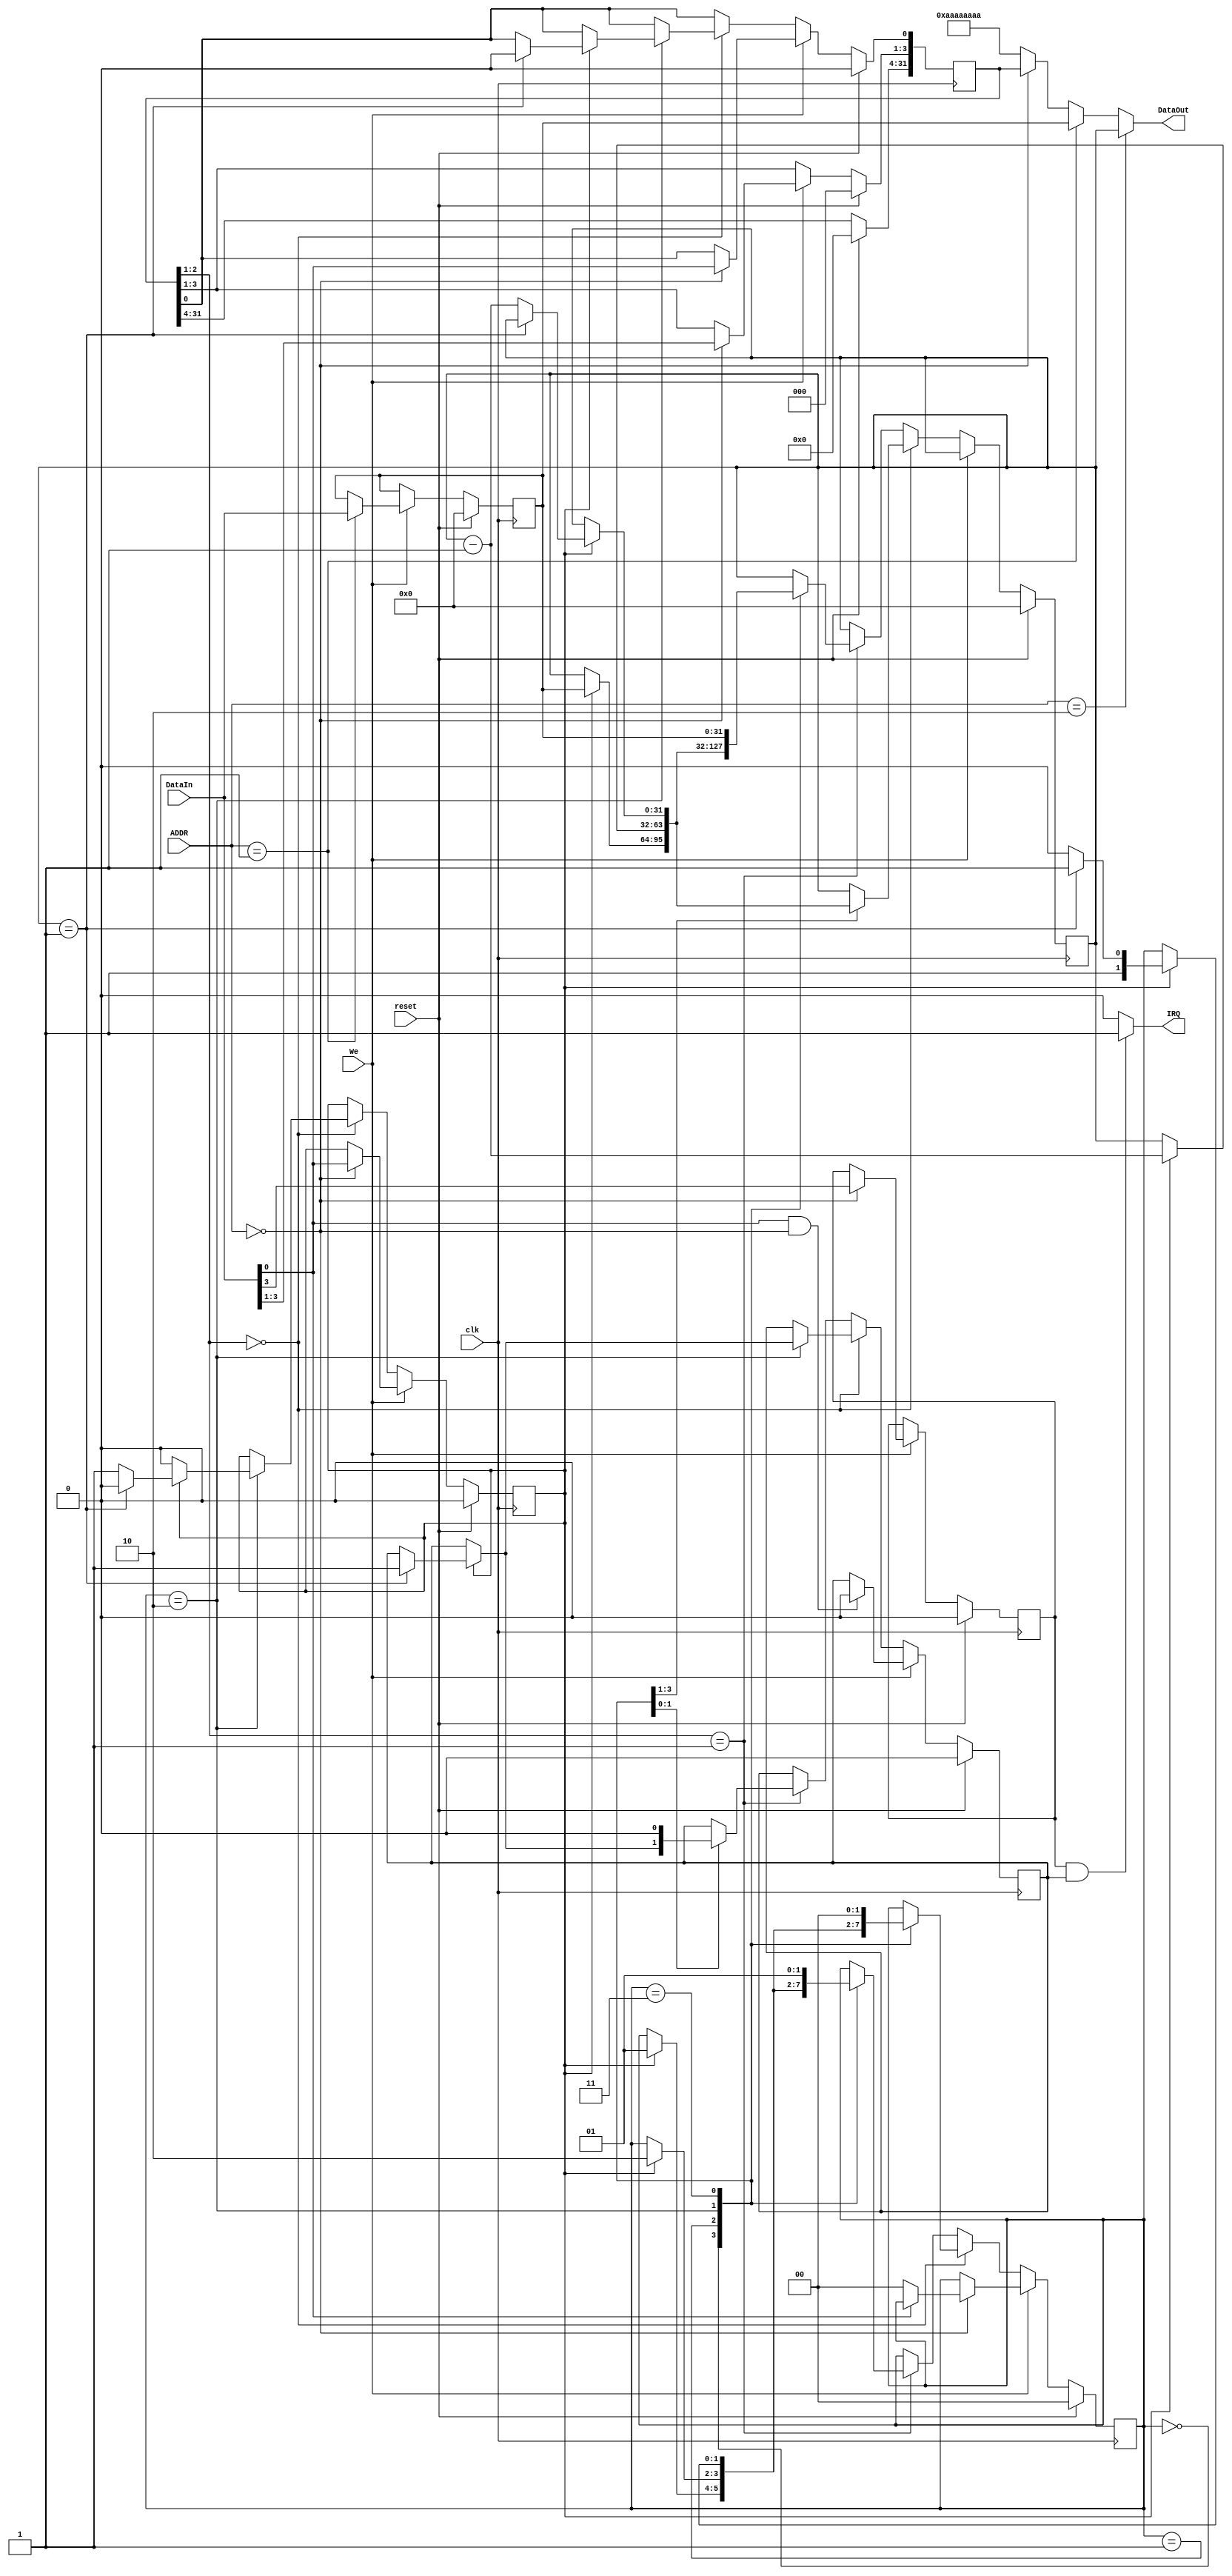
`timescale 1ns / 1ps
//////////////////////////////////////////////////////////////////////////////////
// Company: 
// Engineer: 
// 
// Design Name: 
// Module Name:    timer 
// Project Name: 
// Target Devices: 
// Tool versions: 
// Description: 
//
// Dependencies: 
//
// Revision: 
// Revision 0.01 - File Created
// Additional Comments: 
//
//////////////////////////////////////////////////////////////////////////////////
`define ctrl 2'b00
`define preset 2'b01
`define count 2'b10
`define IDLE 2'b00
`define LOAD 2'b01
`define CNTING 2'b10
`define INT 2'b11
`define IDLE_1 2'b00
`define LOAD_1 2'b01
`define CNTING_1 2'b10
`define INT_1 2'b11
module timer(
    input clk,
    input reset,
    input [3:2] ADDR,
    input We,
    input [31:0] DataIn,
    output [31:0] DataOut,
    output IRQ
    );
	 
	 reg [31:0] CTRL;
	 reg [31:0] PRESET;
	 reg [31:0] COUNT;
	 
	 reg [1:0] state;						//
	 
	 reg IM;									//
	 reg [2:1] Mode;						//
	 reg En;									//
	 
	 reg irq;								//
	/*initial
		begin
			IM <= 0;
			Mode <= 0;
			En <= 0;
			CTRL <= 0;//{28'b0, IM, Mode, En};
			PRESET <= 0;					//
			COUNT <= 0;
			irq <= 0;
			state <= `IDLE;
		end*/
	
	
	assign IRQ = ((IM == 1'b1) && (irq == 1'b1))? 1'b1: 1'b0;
	assign DataOut = (ADDR == `count)? COUNT:
						  (ADDR == `preset)? PRESET:
						  (ADDR == `ctrl)? CTRL:
											32'haaaaaaaa;			//DEBUG
	 always@(posedge clk)
		begin
			if(reset)
				begin
					IM <= 1'b0;
					Mode <= 2'b00;
					En <= 1'b0;
					CTRL <= 32'b0;
					PRESET <= 32'b0;
					COUNT <= 32'b0;
					irq <= 1'b0;
					state <= `IDLE;
				end
			else if(We)
				begin
					if((DataIn[0] == 1'b1) && (ADDR == `ctrl))				//ctrl
						irq <= 1'b0;
					case(ADDR)
						`preset: PRESET <= DataIn;
						`ctrl: begin
									{IM, Mode, En} <= {DataIn[3], DataIn[2:1], DataIn[0]};   //count,sw4 We0
									CTRL[3:0] <= DataIn[3:0];
									if(DataIn[0] == 0)
										state <= `IDLE;   //ctrlstateidle
								end
						default: PRESET <= PRESET;
					endcase
				end
			else
				begin
					if(CTRL[2:1]/*Mode*/ == 2'b00)
						begin
							case(state)
									`IDLE:begin 
											 if(En)
												begin
													COUNT <= PRESET;
													state <= `LOAD;
												end
											 end
									`LOAD: if(En)
												begin
													COUNT <= COUNT - 1'b1;
													state <= `CNTING;
												end
											 
									`CNTING: if(En)
													begin
														if(COUNT == 1'b1)
															begin
																irq <= 1'b1;
																En <= 1'b0;
																CTRL[0] <= 1'b0;
																state <= `INT;
															end
														else
																begin
																	COUNT <= COUNT - 1'b1;
																	state <= `CNTING;
																end
													end
												
									`INT: 
												begin
													state <= `IDLE;
												end
									default: state <= `IDLE;
							endcase
						end
					else if(CTRL[2:1]/*Mode*/ == 2'b01)
						begin
							case(state)
								`IDLE:begin 
											 if(En)
												begin
													COUNT <= PRESET;
													state <= `LOAD;
												end
											 end
								`LOAD: if(En)
												begin
													COUNT <= COUNT - 1'b1;
													state <= `CNTING;
												end
								`CNTING: if(En)
													begin
														if(COUNT == 1'b1)
															begin
																irq <= 1'b1;
																state <= `INT;
															end
														else
																begin
																	COUNT <= COUNT - 1'b1;
																	state <= `CNTING;
																end
													end
								`INT: //if(En)
										begin
											COUNT <= PRESET;
											irq <= 1'b0;
											state <= `LOAD;
										end
								default: state <= `IDLE;
							endcase
						end
					end
				
				end

endmodule